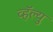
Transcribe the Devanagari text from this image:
व्हॅल्यु